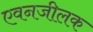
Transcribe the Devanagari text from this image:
एवनजीलक